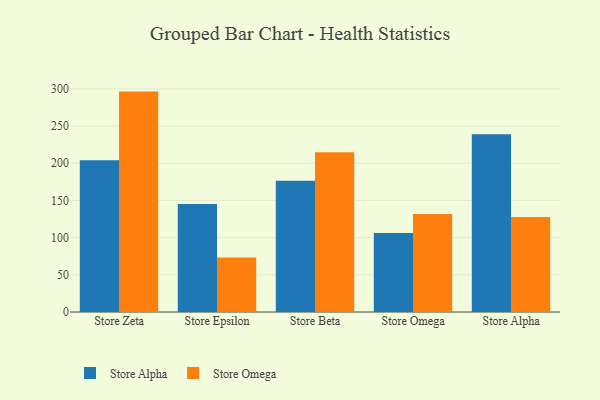
{"axis": {"x": "Store", "y": "Budget (USD K)"}, "legend": ["Store Alpha", "Store Omega"], "data": [{"x": "Store Zeta", "y": 204.0, "type": "Store Alpha"}, {"x": "Store Zeta", "y": 296.3, "type": "Store Omega"}, {"x": "Store Epsilon", "y": 145.3, "type": "Store Alpha"}, {"x": "Store Epsilon", "y": 73.4, "type": "Store Omega"}, {"x": "Store Beta", "y": 176.4, "type": "Store Alpha"}, {"x": "Store Beta", "y": 214.7, "type": "Store Omega"}, {"x": "Store Omega", "y": 106.1, "type": "Store Alpha"}, {"x": "Store Omega", "y": 131.6, "type": "Store Omega"}, {"x": "Store Alpha", "y": 239.1, "type": "Store Alpha"}, {"x": "Store Alpha", "y": 127.8, "type": "Store Omega"}]}